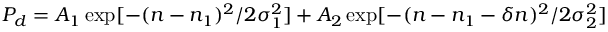
P _ { d } = A _ { 1 } \exp [ - ( n - n _ { 1 } ) ^ { 2 } / 2 \sigma _ { 1 } ^ { 2 } ] + A _ { 2 } \exp [ - ( n - n _ { 1 } - \delta n ) ^ { 2 } / 2 \sigma _ { 2 } ^ { 2 } ]